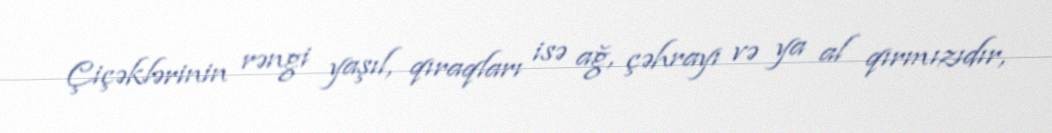
Çiçəklərinin rəngi yaşıl, qıraqları isə ağ, çəhrayı və ya al qırmızıdır,